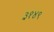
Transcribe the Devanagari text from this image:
३१४९